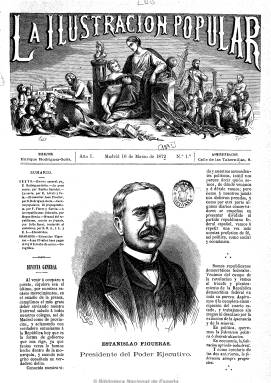
Título: La Ilustración popular (Madrid. 1873)
Colección: Semanarios de amenidades
Ámbito geográfico: Madrid
Lugar de publicación: Madrid
Fechas: 16/03/1873-16/08/1873

Esta publicación, heredera de La Ilustración Republicana Federal, ambas del republicano Enrique Rodríguez Solís, fue una revista de corta vida e irregular periodicidad que se editó en Madrid en 1873.

  En la portada de su primer número, de 16 de marzo de ese año, podemos ver un grabado con la efigie del primer presidente del Poder Ejecutivo de la I República, Estanislao Figueras, así como un artículo en el que se explicita el ideario de la publicación: ‘Somos republicanos democráticos federales. Venimos del campo de la revolución y vamos al triunfo y planteamiento de la República democrática federal en toda su pureza. Aspiramos a la completa emancipación del cuarto estado, y trabajamos sin tregua ni descanso por la extinción de la ignorancia y de la miseria. En política, queremos la federación política o descentralización. En economía, la federación agrícola-industrial. Y como corolario de las dos anteriores, la federación siempre progresiva’.

  La revista contaba con ocho páginas en sus primeros números, pero progresivamente fue aumentando su paginación hasta llegar a las 16 en las últimas entregas en posesión de la BNE. Su contenido eran principalmente artículos de fondo políticos y de información política de actualidad, aunque también había artículos históricos, biográficos y costumbristas, todo ello visto desde la perspectiva republicana federalista.

   Emilio Castelar, que llegó a ser también presidente del Poder Ejecutivo de la I República, fue un asiduo colaborador de esta publicación, así como el periodista José Nakens, quien más tarde fundaría el semanario satírico El Motín, de larga y exitosa trayectoria.

   La Ilustración Popular hizo uso de los grabados para dar amenidad a su contenido, estampas costumbristas y de personajes políticos fundamentalmente, y en la última página solía incluir también el grabado de un pasatiempo, casi siempre un jeroglífico.

    En la segunda mitad del siglo XIX se produce la expansión de las llamadas Ilustraciones, que se editan en prácticamente toda España. Son revistas de carácter enciclopédico cuyas imágenes se basan en los grabados xilográficos o a buril, y están a medio camino entre el objeto artístico coleccionable y el medio de información. Su declive vendrá de la mano de la aparición de nuevas técnicas ilustradoras (sobre todo, de la fotografía) que serán la base de nuevas publicaciones como Blanco y negro, Nuevo mundo o La Esfera.

   El último número de La Ilustración Popular que posee la BNE es el correspondiente al 16 de agosto de 1873. No parece que se editaran muchos más a tenor de la corta vida que tuvo la I República española, a la que el golpe de Estado de Pavía primero y el pronunciamiento de Martínez Campos en Sagunto después pusieron fin en 1874.

[Descripción modificada el 17/08/2022]